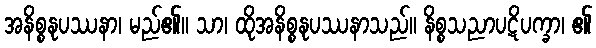
အနိစ္စနုပဿနာ၊ မည်၏။ သာ၊ ထိုအနိစ္စနုပဿနာသည်။ နိစ္စသညာပဋိပက္ခာ၊ ၏